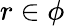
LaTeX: r\in\phi